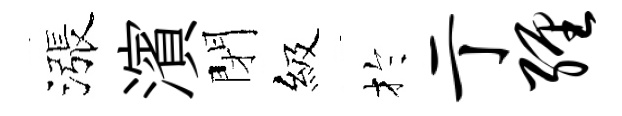
漲濱閉級扵亍缠